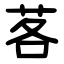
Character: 茖